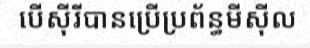
បើស៊ីរីបានប្រើប្រព័ន្ធមីស៊ីល